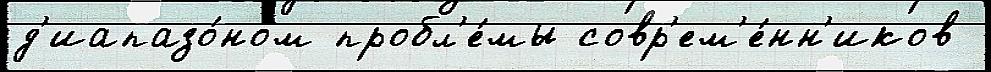
д'иапазо́ном пробл'е́мы совр'ем'е́нн'иков